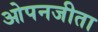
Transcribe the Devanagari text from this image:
ओपनजीता